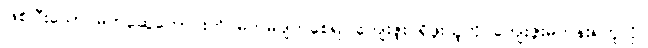
ဖြစ်ပြီးသော မိတ်ဆွေကောင်းကို မိတ်မပျက်စေရ၊ ကျေးဇူး ရှိဖူးသူကို ကျေးဇူးမကန်းရဟူလို။